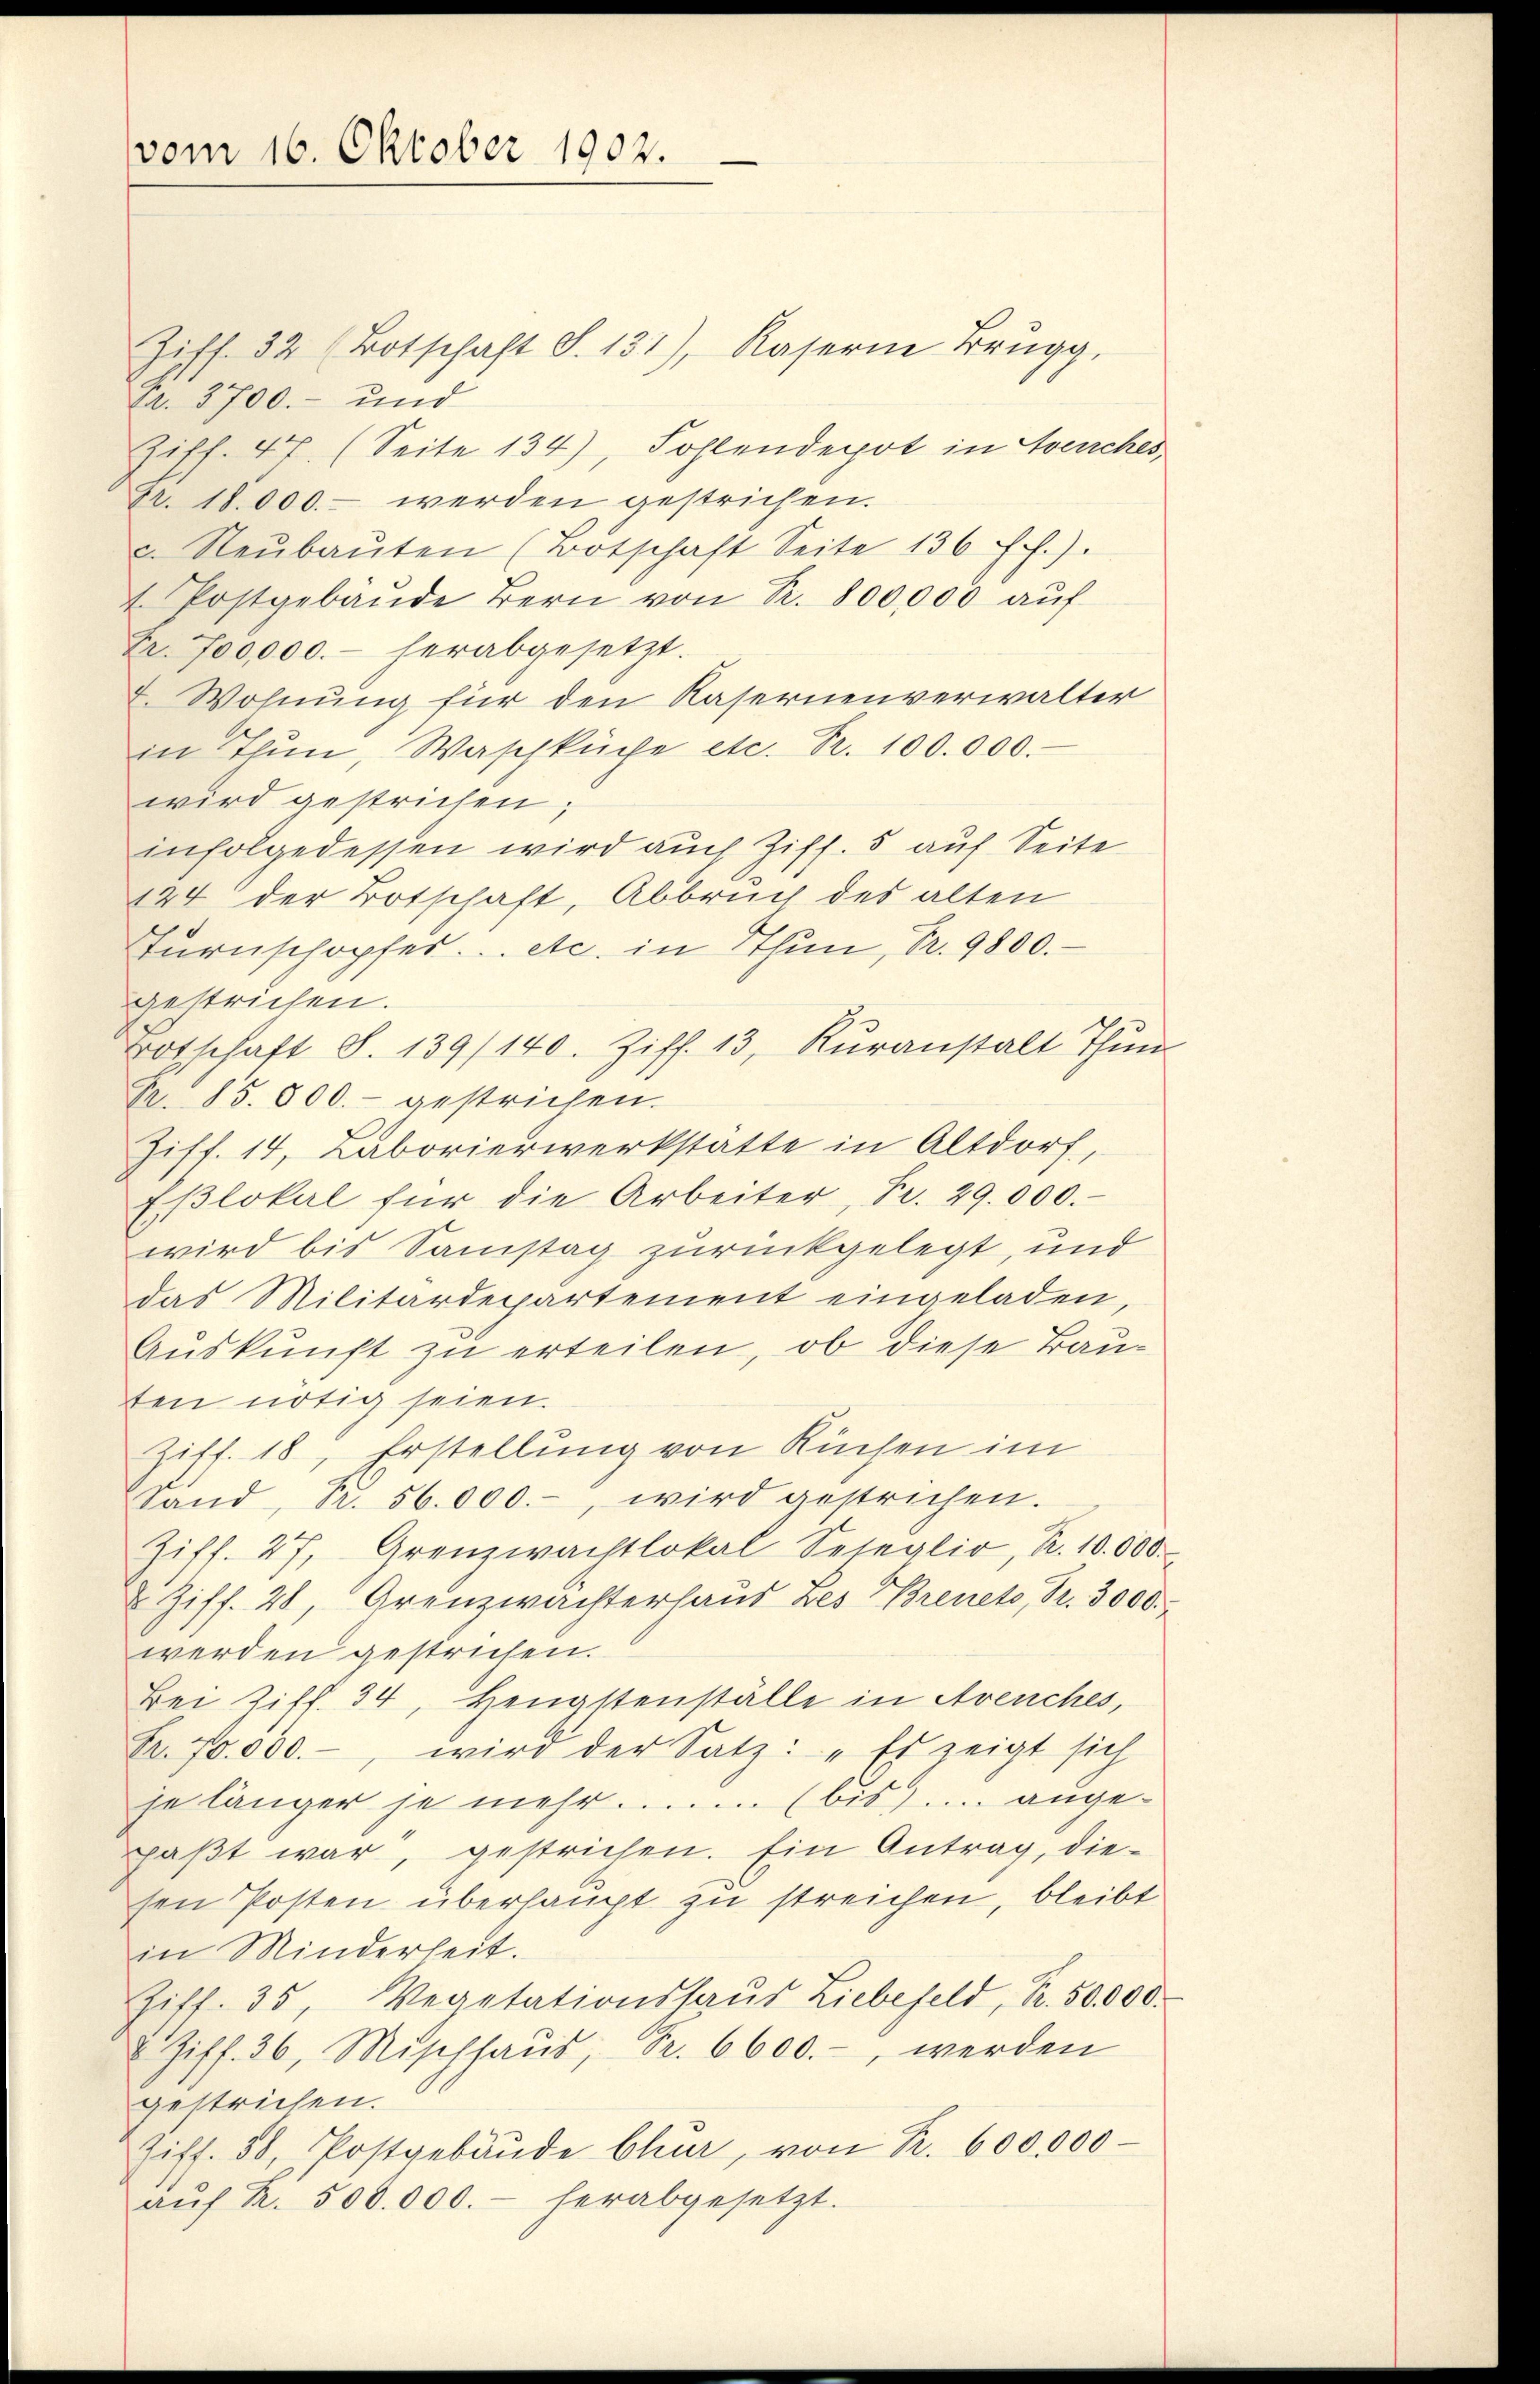
vom 16. Oktober 1902.

Ziff. 32 (Botschaft S. 131), Kasern Brugg,
Fr. 3700.- und
Ziff. 47. (Seite 134), Sohlendepot in Avenches
Fr. 18.000.- werden gestrichen.
2. Neŭbaŭten (Botschaft Seite 136 ff.).
t. Postgebäŭde Bern von Nr. 800,000 aŭf
Fr. 700,000.- herabgesetzt.
. Wohnung für den Kasernenverwalter
in Thun, Waschküche etc. Fr. 100.000.
wird gestrichen;
infolgedessen wird auch Ziff. 5 auf Seite
124 der Botschaft, Abbruch des alten
Turnschopfes... etc. in Thun, Fr. 9800.
gestrichen.
Totschaft S. 139/140. Ziff. 13, Kŭranstalt Thun
Fr. 85. 800.- gestrichen.
Ziff. 14, Laborierwerkstätte in Altdorf,
Eβlokal für die Arbeiter, Fr. 29.000.
wird bis Samstag zurückgelegt, und
das Militärdepartement eingeladen,
Auskunft zu erteilen, ob diese Bauten nötig seien.
Ziff. 18, Erstellung von Küchen im
Sand, R. 56.000.-, wird gestrichen.
Ziff. 27, Grenzwachtlokal Seseglio, R. 10.000.
u Ziff. 28, Grenzwachterhaus Les Brenet, S. 3000.
werden gestrichen.
Bei Ziff. 34, Hengstenställe in Avenches,
Fr. 70.000.-, wird der Satz: „Es zeigt sich
je länger je mehr......... (bis) .... ange-
paßt war, gestrichen. Ein Antrag, diesen Posten überhaupt zu streichen, bleibt
in Minderheit.
Ziff. 35, Vegetationshaŭs Liebefeld, Fr. 50000.
 Ziff. 36, Mischhaŭs, Fr. 6600.-, werden
gestrichen.
Ziff. 58, Postgebäŭde Chur, von R. 600,000
aŭf R. 500.000.- herabgesetzt.